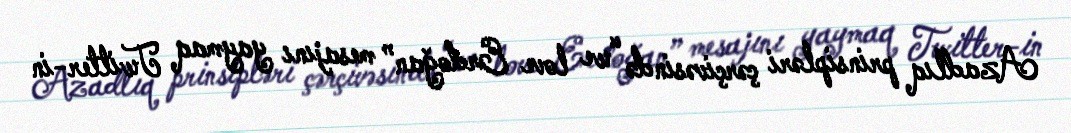
Azadlıq prinsipləri çərçivəsində “we love Erdoğan” mesajını yaymaq Twitter-in